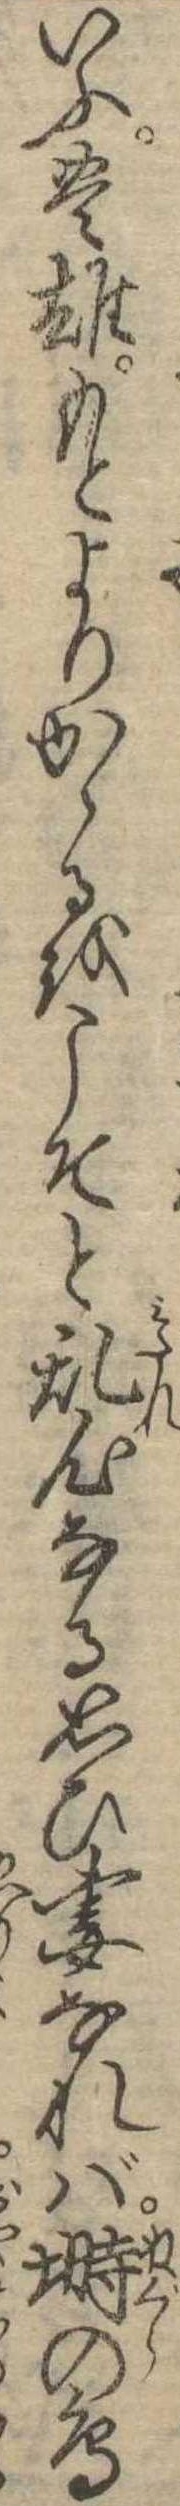
いふ豊雄もとよりかゝるをこそと乱心なる思ひ妻なれば塒の鳥